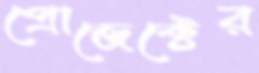
প্রোজেক্টের